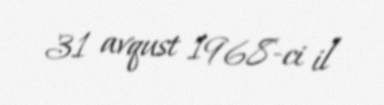
31 avqust 1968-ci il